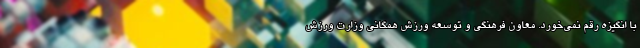
با انگیزه رقم نمی‌خورد. معاون فرهنگی و توسعه ورزش همگانی وزارت ورزش